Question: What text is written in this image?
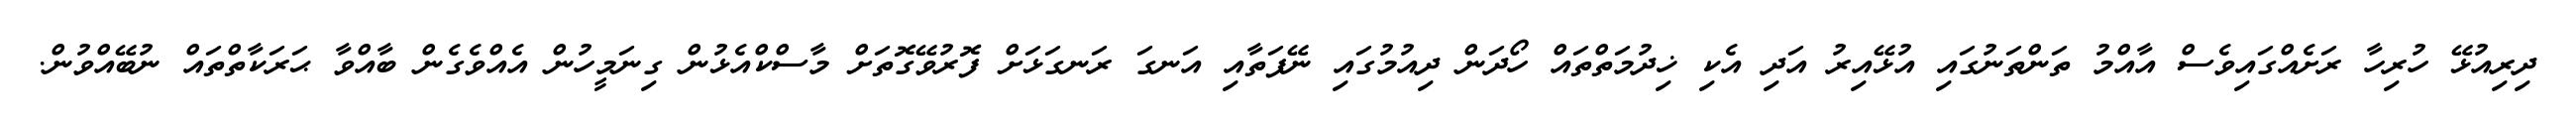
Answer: ދިރިއުޅޭ ހުރިހާ ރަށެއްގައިވެސް އާއްމު ތަންތަނުގައި އުޅޭއިރު އަދި އެކި ޚިދުމަތްތައް ހޯދަން ދިއުމުގައި ނޭފަތާއި އަނގަ ރަނގަޅަށް ފޮރުވޭގޮތަށް މާސްކްއެޅުން ގިނަމީހުން އެއްވެގެން ބާއްވާ ޙަރަކާތްތައް ނުބޭއްވުން.